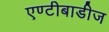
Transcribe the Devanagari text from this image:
एण्टीबाडीज